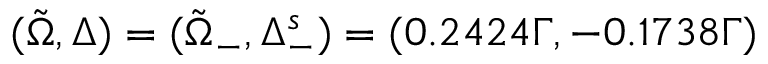
( \Tilde { \Omega } , Δ ) = ( \Tilde { \Omega } _ { - } , \Delta _ { - } ^ { s } ) = ( 0 . 2 4 2 4 Γ , - 0 . 1 7 3 8 Γ )